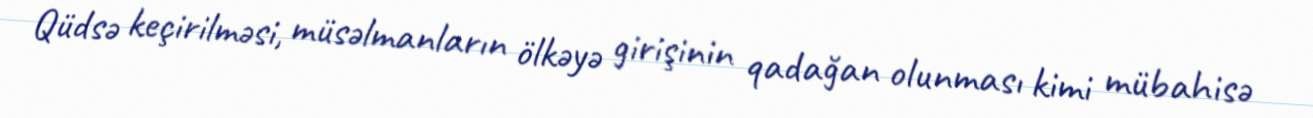
Qüdsə keçirilməsi, müsəlmanların ölkəyə girişinin qadağan olunması kimi mübahisə